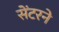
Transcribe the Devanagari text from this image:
सेंटरने